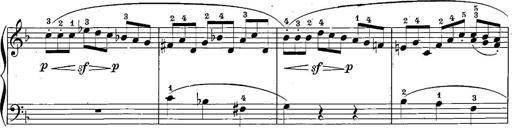
Title: 12 Sonatinas
Composer: Ignaz Pleyel